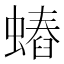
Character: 𧐍